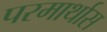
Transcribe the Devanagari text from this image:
परमार्थास